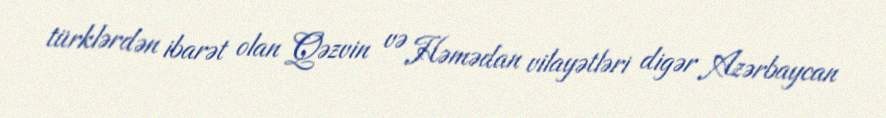
türklərdən ibarət olan Qəzvin və Həmədan vilayətləri digər Azərbaycan